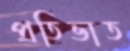
প্রতিভাত